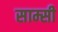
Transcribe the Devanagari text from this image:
साम्सी